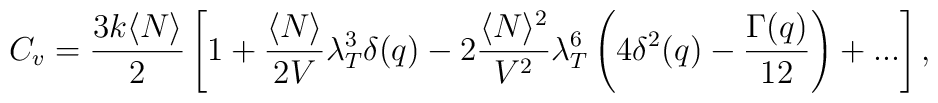
C_v=\frac{3k\langle N\rangle}{2}\left[ 1+\frac{\langle N\rangle}{2V}\lambda_T^3\delta(q)-2\frac{\langle N\rangle^2}{V^2}\lambda_T^6\left(4\delta^2(q)-\frac{\Gamma(q)}{12}\right)+...\right],